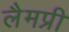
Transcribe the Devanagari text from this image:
लैमप्री